Suure-Kopu_vallavalitsus, lk 26
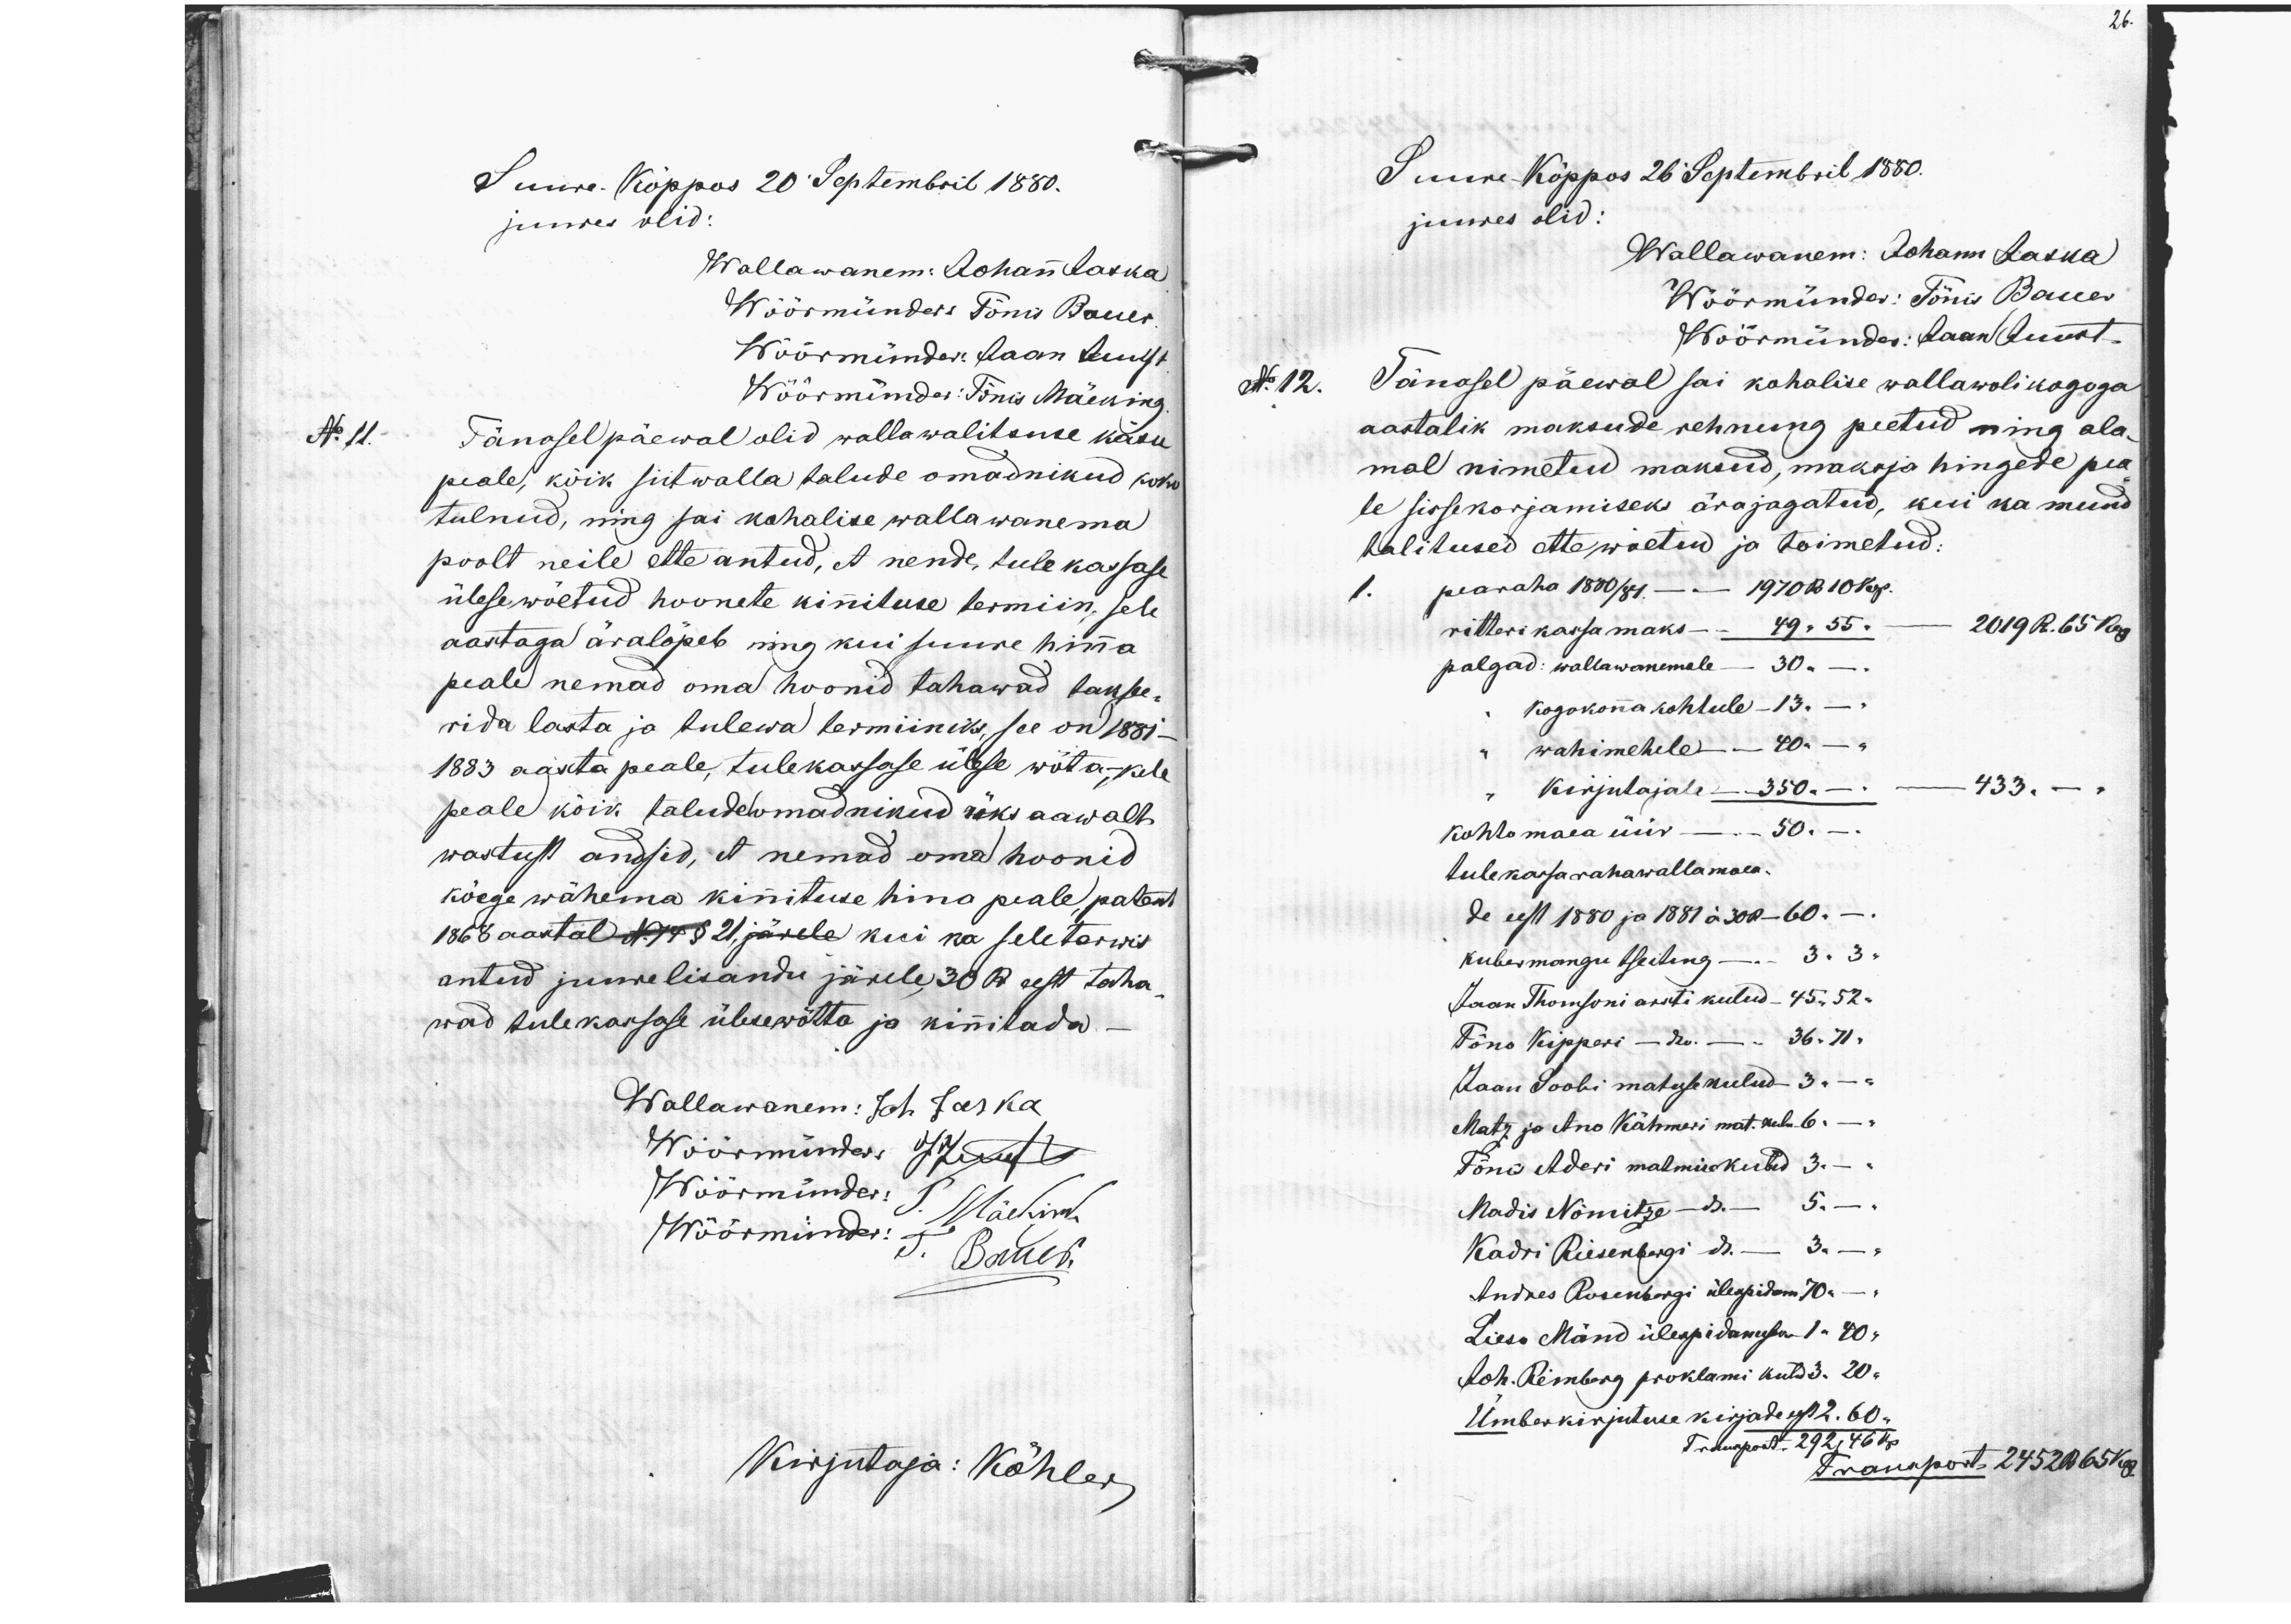
26.
Suure-Kõppus 20 Septembril 1880.
juures olid:
Wallawanem: Johann Jaska
Wöörmündr: Tõnis Bauer
Wöörmünder Jaan Juust
Wöörmünder: Tõnis Mäeking
No 11. Tänosel päewal olid wallawalitsuse käsu
peale, kõik siitwalla talude omadnikud koht
tulnud, ning sai kohalise wallawanema
poolt neile ette antud, et nende tule kassase
ülese wõetud hoonete kinnituse termin, selle
aastaga äralõpeb ning kui suure hinna
peale nemad oma hoonid tahawad takse-
rida lasta ja tulewa terminiks, see on 1881-
1883 aasta peale tulekassase ülese wõta, -kele
peale kõik taludewmadnikud üks aawalt
wastust andsid, et nemad oma hoonid
kõige wähema kinnituse hina peale, palest
1868 aastal N74 § 21 järele kui ka seletawis.
antud juwelisandu järele 38 Ru eest taha,
wad tulekarsase ülesewõtta ja kinitada.-
Wallawanem: Joh. Jaska
Wöörmünder JKirut
Wöörmünder: T. Mäekim
Wöörmünder: Bened.
Kirjutaja: Köhler
Suure Kõppos 26 Septembril 1880.
juures olid:
Wallawanem: Johann Jaska
Wöörmünder: Tõnis Bauer
Wöörmünder: Jaan Juust.
N: 12. Tänasel päewal sai kohalise wallawolikogoga
aastalik maksude rehnung peetud ning ala-
mal nimetud maksud, maksja hingede pea-
le sissekorjamiseks ärajagatud, kui ka muud
talitused ettewõetud ja toimetud:
1. pearaha 1880/81. - 1970 R 10 Kop.
ritteri kassamaks - 49 " 55 "            2019 R. 65 Kop
palgad: wallawanemale - 30"
" Kogokonna kohtule - 13" -
" wahimehele - 40" -
" Kirjutajale - 350 " - 433 -
Kohtomaea üür - 50 -
tulekassa raha wallamaea
de eest 1880 ja 1881 á 30R 60 -
kubermangu tseitung - 3 " 3 "
Jaan Thomsoni arsti kulud - 45 " 52 "
Tõno Kipperi - " - 36 " 71 "
Jaan Soobi matuse kulud - 3 -
Matz ja Ano Kähmeri mat. kulu 6 -
Tõnu Aderi matmiskutud 3 -
Madis Nõmitze - 5 -
Kadri Riisenbergi  - 3 -
Andres Rosenbergi ülespidam 70 -
Lieso Mänd ülespidamiseks 1 " 40 "
Joh. Reinberg proklami kuld 3 " 20 "
Ümberkirjutuse kirjade eest 2.60 "
Transport. 292,46 kp.
Transport 245R 65 kop.